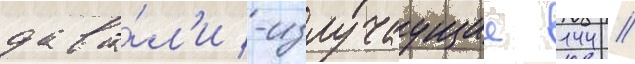
дава́л'и -излучаущие 144 /